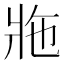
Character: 𤕴